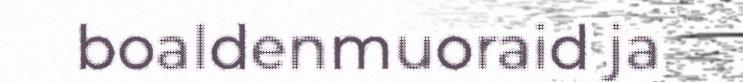
boaldenmuoraid ja